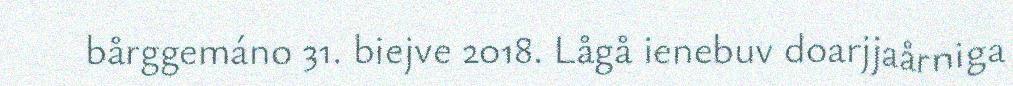
bårggemáno 31. biejve 2018. Lågå ienebuv doarjjaårniga